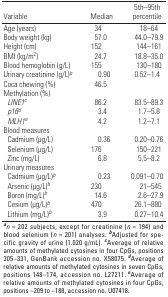
<table><thead><tr><td><b>Variable</b></td><td><b>Median</b></td><td><b>5th–95th percentile</b></td></tr></thead><tbody><tr><td>Age (years)</td><td></td><td>34</td><td></td><td>18–64</td></tr><tr><td>Body weight (kg)</td><td></td><td>57.0</td><td></td><td>44.0–79.9</td></tr><tr><td>Height (cm)</td><td></td><td>152</td><td></td><td>144–161</td></tr><tr><td>BMI (kg/m2)</td><td></td><td>24.7</td><td></td><td>18.8–35.0</td></tr><tr><td>Blood hemoglobin (g/L)</td><td></td><td>155</td><td></td><td>130–180</td></tr><tr><td>Urinary creatinine (g/L)b</td><td></td><td>0.90</td><td></td><td>0.52–1.4</td></tr><tr><td>Coca chewing (%)</td><td></td><td>46.5</td><td></td><td></td></tr><tr><td>Methylation (%)</td><td></td><td></td><td></td><td></td></tr><tr><td>LINE1c</td><td></td><td>86.2</td><td></td><td>83.5–89.3</td></tr><tr><td>p16d</td><td></td><td>3.4 </td><td></td><td>1.7–5.8</td></tr><tr><td>MLH1e</td><td></td><td>4.2</td><td></td><td>1.2–7.1</td></tr><tr><td>Blood measures</td><td></td><td></td><td></td><td></td></tr><tr><td>Cadmium (μg/L)</td><td></td><td>0.36</td><td></td><td>0.20–0.76</td></tr><tr><td>Selenium (μg/L)</td><td></td><td>176</td><td></td><td>150–221</td></tr><tr><td>Zinc (mg/L)</td><td></td><td>6.8</td><td></td><td>5.5–8.2</td></tr><tr><td>Urinary measures</td><td></td><td></td><td></td><td></td></tr><tr><td>Cadmium (μg/L)b</td><td></td><td>0.23</td><td></td><td>0.091–0.70</td></tr><tr><td>Arsenic (μg/L)b</td><td></td><td>230</td><td></td><td>21–545</td></tr><tr><td>Boron (mg/L)b</td><td></td><td>14.6</td><td></td><td>2.6–27.9</td></tr><tr><td>Cesium (μg/L)b</td><td></td><td>470</td><td></td><td>26.1–880</td></tr><tr><td>Lithium (mg/L)b</td><td></td><td>3.9</td><td></td><td>0.27–10.4</td></tr><tr><td colspan="5">an = 202 subjects, except for creatinine (n = 194) and bloodselenium (n = 201) analyses. bAdjusted for specific gravity of urine(1.020 g/mL). cAverage of relative amounts of methylated cytosines infour CpGs, positions 305–331, GenBank accession no. X58075. dAverage ofrelative amounts of methylated cytosines in seven CpGs, positions148–174, accession no. L27211. eAverage of relative amounts ofmethylated cytosines in four CpGs, positions –209 to –188, accession no.U07418.</td></tr></tbody></table>